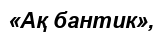
«Ақ бантик»,